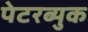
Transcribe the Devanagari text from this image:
पेटरब्युक